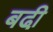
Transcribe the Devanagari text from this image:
बढी़